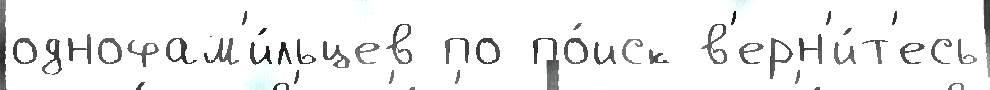
однофам'и́льцев по по́иск в'ерн'и́т'есь